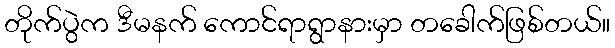
တိုက်ပွဲက ဒီမနက် ကောင်ရာရွာနားမှာ တခေါက်ဖြစ်တယ်။